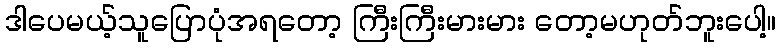
ဒါပေမယ့်သူပြောပုံအရတော့ ကြီးကြီးမားမား တော့မဟုတ်ဘူးပေါ့။